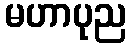
မဟာပုည